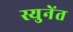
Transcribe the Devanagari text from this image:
स्युनेंत